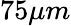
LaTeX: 75\mu m